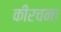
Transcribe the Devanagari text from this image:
कीरचना